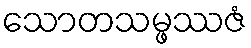
သောတသမ္ဖဿဇံ